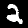
Label: 2